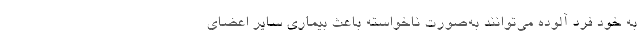
به خود فرد آلوده می‌توانند به‌صورت ناخواسته باعث بیماری سایر اعضای